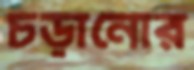
চড়ানোর